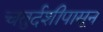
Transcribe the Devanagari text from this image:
चतुर्दशीपासून